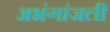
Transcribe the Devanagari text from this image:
अभंगांजली